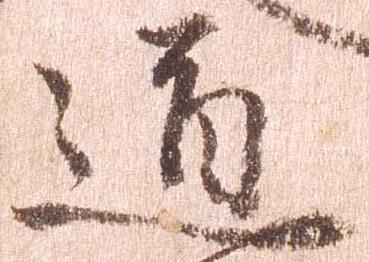
道